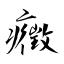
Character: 癥